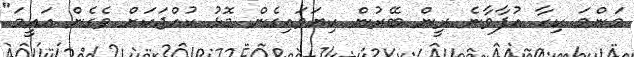
މަންމަ ކިހާ އުފާވާނެ ރީން ބޭރުން ކިޔަވައިގެން މޮޅު ކުއްޖަކަށް ވެގެން އައީމަ"